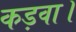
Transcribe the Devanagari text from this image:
कड़वा।